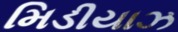
મિડીયાઝ